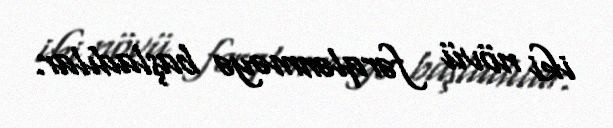
iki növü fərqlənməyə başladılar.